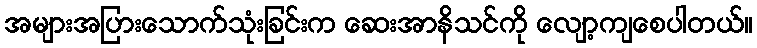
အများအပြားသောက်သုံးခြင်းက ဆေးအာနိသင်ကို လျော့ကျစေပါတယ်။